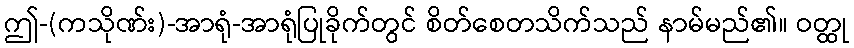
ဤ-(ကသိုဏ်း)-အာရုံ-အာရုံပြုခိုက်တွင် စိတ်စေတသိက်သည် နာမ်မည်၏။ ဝတ္ထု